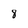
Character: 8